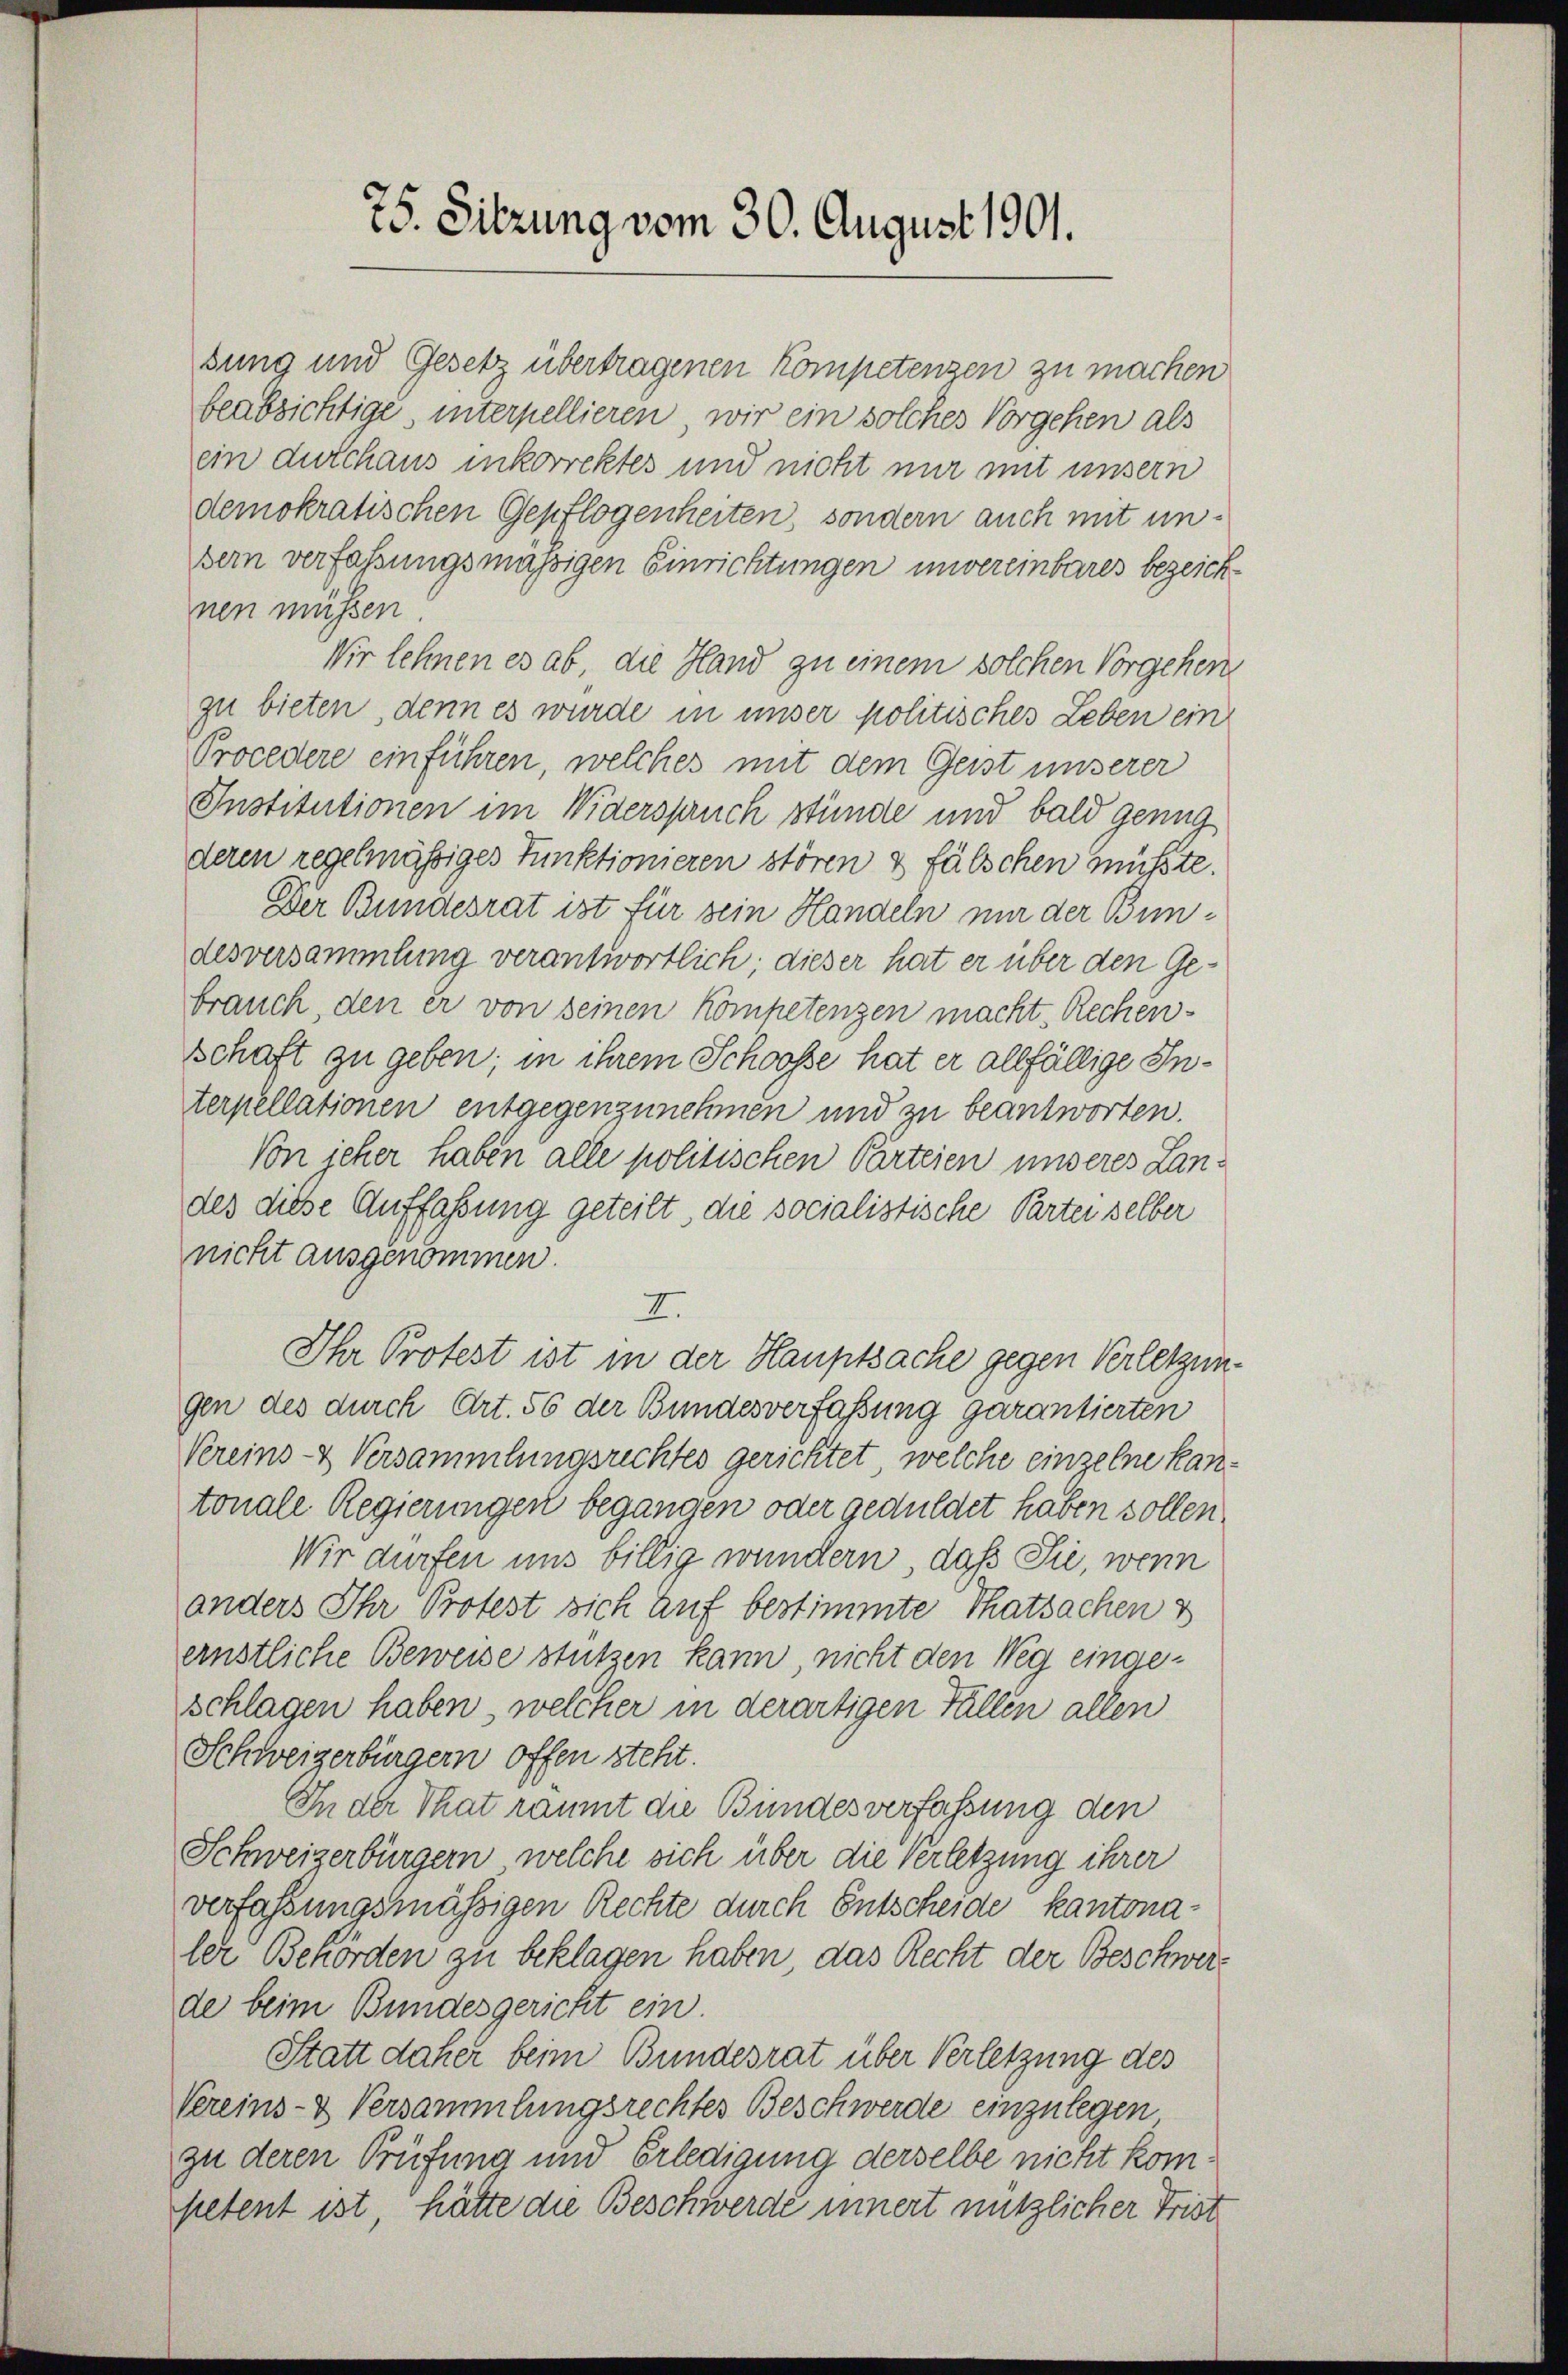
75. Sitzung vom 30. August 1901.

sung und Gesetz übertragenen Kompetenzen zu machen
beabsichtige, interpellieren, wir ein solches Vorgehen als
ein durchaus inkorrektes und nicht nur mit unsern
demokratischen Gepflogenheiten, sondern auch mit un¬
Bern verfaßungsmässigen Einrichtungen unvereinbares bezeichnen müssen.
Wir lehnen es ab die Hand zu einem solchen Vorgehen
zu bieten, denn es wurde in unser politisches Leben ein
Procedere einführen, welches mit dem Geist unserer
Institutionen im Widerspruch stünde und bald genug
deren regelmässiges Funktionieren stören & fälschen müßte.
Der Bundesrat ist für sein Handeln nur der Bundesversammlung verantwortlich; dieser hat er über den Gebrauch, den er von seinen kompetenzen macht, Rechen-
schaft zu geben; in ihrem Schoosse hat er allfällige Interpellationen entgegenzunehmen und zu beantworten.
Von jeher haben alle politischen Parteien unseres Landes diese Auffaßung geteilt, die socialistische Partei selber
nicht ausgenommen.
I.
Ihr Protest ist in der Hauptsache gegen Verletzungen des durch Art. 56 der Bundesverfassung garantierten
Vereins- & Versammlungsrechtes gerichtet, welche einzelne kantonale Regierungen begangen oder geduldet haben sollen.
Wir dürfen uns billig wundern, daß Sie, wenn
anders Ihr Protest sich auf bestimmte Thatsachen s
ernstliche Beweise stützen kann, nicht den Weg eingeschlagen haben, welcher in derartigen Fällen allen
Schweizerbürgern offen steht.
In der That raumt die Bundesverfassung den
Schweizerbürgern, welche sich über die Verletzung ihrer
verfassungsmäßigen Rechte durch Entscheide kantonaler Behörden zu beklagen haben, das Recht der Beschwerde beim Bundesgericht ein.
Statt daher beim Bundesrat über Verletzung des
Vereins- & Versammlungsrechtes Beschwerde einzulegen
zu deren Prüfung und Erledigung derselbe nicht kom¬
Retent ist, hätte die Beschwerde innert nützlicher Frist